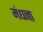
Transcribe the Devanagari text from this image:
मंधना